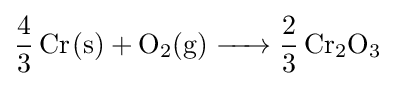
{\ce {4/3 Cr(s) + O2(g) -> 2/3 Cr2O3}}